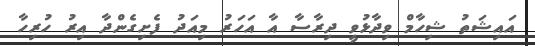
އައިޝަތު ޝިހާމް ވިދާޅުވީ ދިރާސާ އާ އަހަރު މިއަދު ފެށިގެންދާ އިރު ހުރިހާ